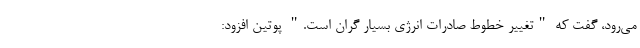
می‌رود، گفت که "تغییر خطوط صادرات انرژی بسیار گران است." پوتین افزود: